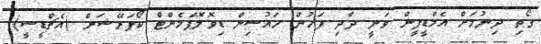
ގޯތި ދިނުމަށް އެމްޑީޕީން ވަނީ ދާދި ފަހުން ހައުސިން ޑިވޮލޮޕްމެންޓް ކޯޕަރޭޝަން (އެޗްޑީސީ)